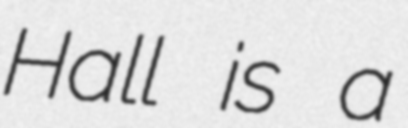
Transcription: Hall is a